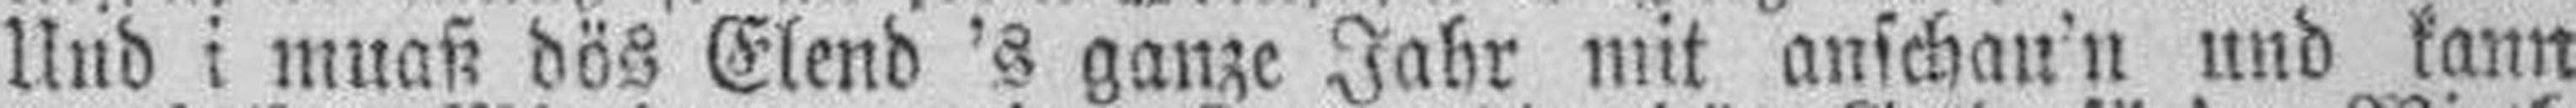
Und i muaß dös Elend 's ganze Jahr mit anschau'n und kann